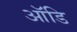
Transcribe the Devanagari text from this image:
ऑडि